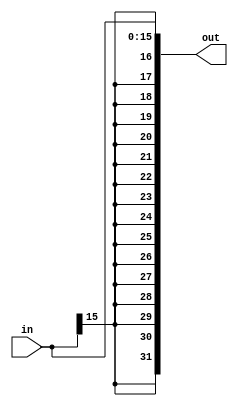
module sign_extend_16 (
    input [15:0] in,
    output [31:0] out
);
    assign out = {{16{in[15]}}, in};
endmodule

module sign_extend_26 (
    input [25:0] in,
    output [31:0] out
);
    assign out = {{6{in[25]}}, in};
endmodule